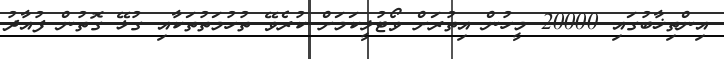
އިންތިޚާބުގައި 20000 މީހުން އިތުރަށް ވޯޓުލީކަމަށް ކުރެވޭ ތުހުމަތުތަކާއި ގުޅޭ ގޮތުން ފުއާދު